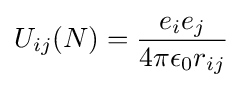
U_{ij}(N)={e_{i}e_{j} \over 4\pi \epsilon _{0}r_{ij}}